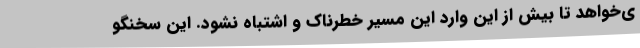
ی‌خواهد تا بیش از این وارد این مسیر خطرناک و اشتباه نشود. این سخنگو